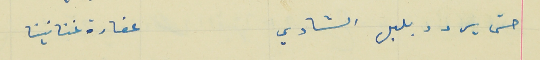
حتى يردو بلبل الشادي                                                عفارة غنانينا